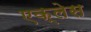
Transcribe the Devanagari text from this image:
एक्लेस